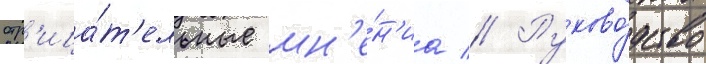
отр'ица́т'ельные мн'е́н'иа // Руково́дство